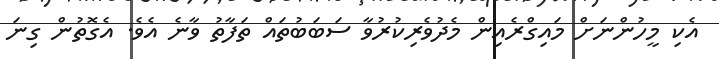
އެކި މީހުންނަށް މައިގްރެއިން މެދުވެރިކުރުވާ ސަބަބުތައް ތަފާތު ވާނެ އެވެ. އެގޮތުން ގިނަ